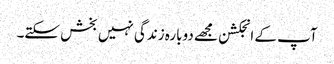
آپ کے انجکشن مجھے دوبارہ زندگی نہیں بخش سکتے۔